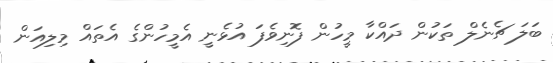
ބަލަ ޗެނެލް ތަކުން ދައްކާ މީހުން ފޮނިވެފަ އުޅެނީ އެމީހުންގެ އެތައް މިލިއަން